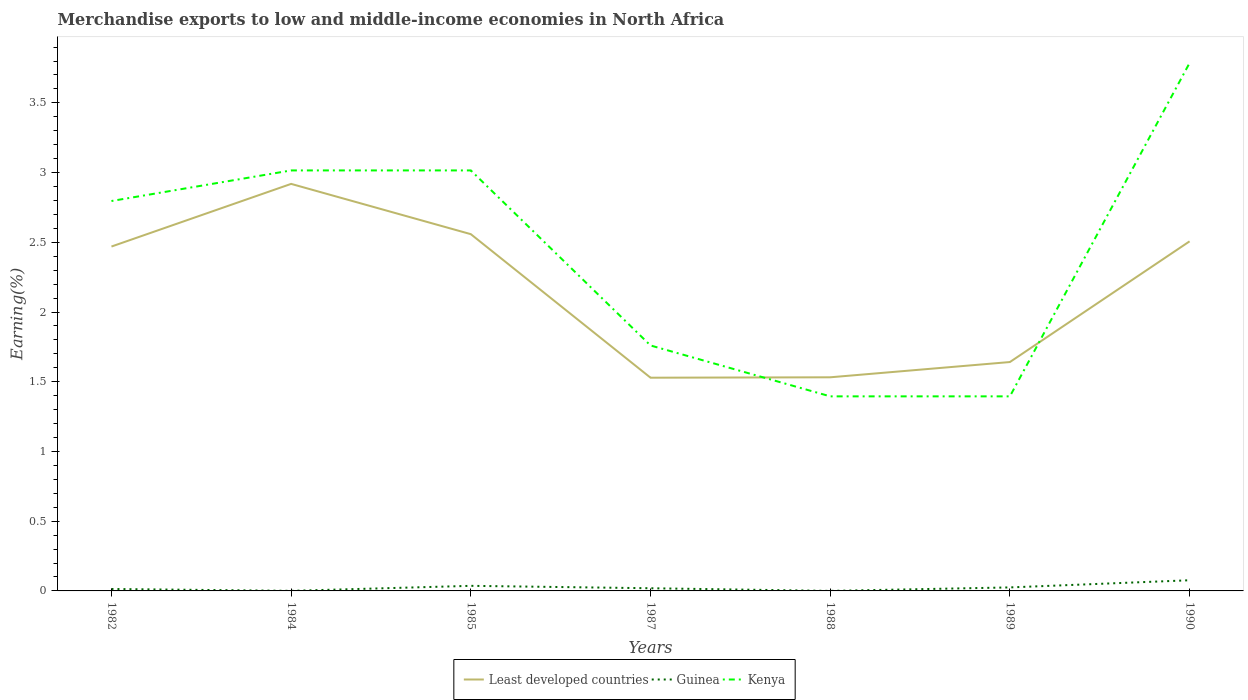
| Years | Least developed countries | Guinea | Kenya |
 | --- | --- | --- | --- |
 | 1982 | 2.47 | 0.0139 | 2.8 |
 | 1984 | 2.92 | 0.00059 | 3.02 |
 | 1985 | 2.56 | 0.0365 | 3.02 |
 | 1987 | 1.53 | 0.0192 | 1.76 |
 | 1988 | 1.53 | 0.000195 | 1.4 |
 | 1989 | 1.64 | 0.0251 | 1.4 |
 | 1990 | 2.51 | 0.0765 | 3.79 |